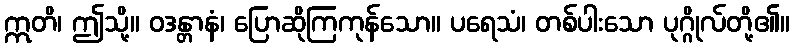
ဣတိ၊ ဤသို့။ ဝဒန္တာနံ၊ ပြောဆိုကြကုန်သော။ ပရေသံ၊ တစ်ပါးသော ပုဂ္ဂိုလ်တို့၏။